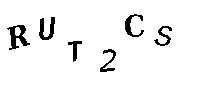
RUT2CS